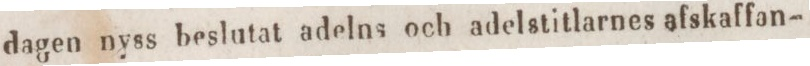
dagen nyss beslutat adelns och adelstitlarnes afskaffan-